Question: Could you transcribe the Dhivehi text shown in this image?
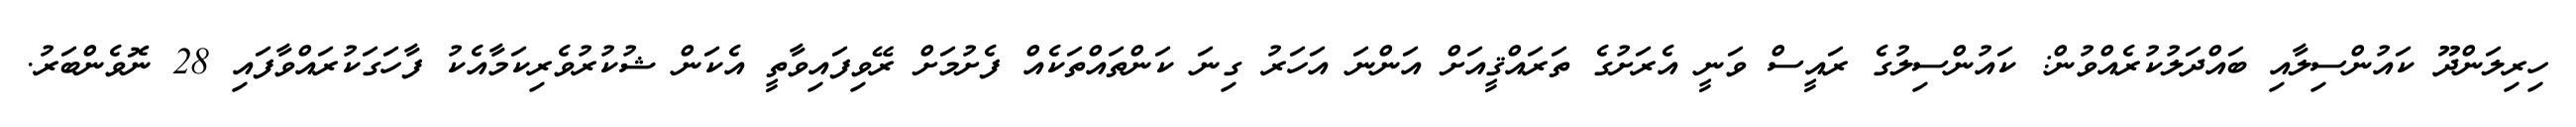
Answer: ހިރިލަންދޫ ކައުންސިލާއި ބައްދަލުކުރެއްވުން: ކައުންސިލުގެ ރައީސް ވަނީ އެރަށުގެ ތަރައްޤީއަށް އަންނަ އަހަރު ގިނަ ކަންތައްތަކެއް ފެށުމަށް ރޭވިފައިވާތީ އެކަން ޝުކުރުވެރިކަމާއެކު ފާހަގަކުރައްވާފައި 28 ނޮވެންބަރު.